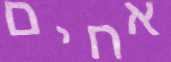
אחים